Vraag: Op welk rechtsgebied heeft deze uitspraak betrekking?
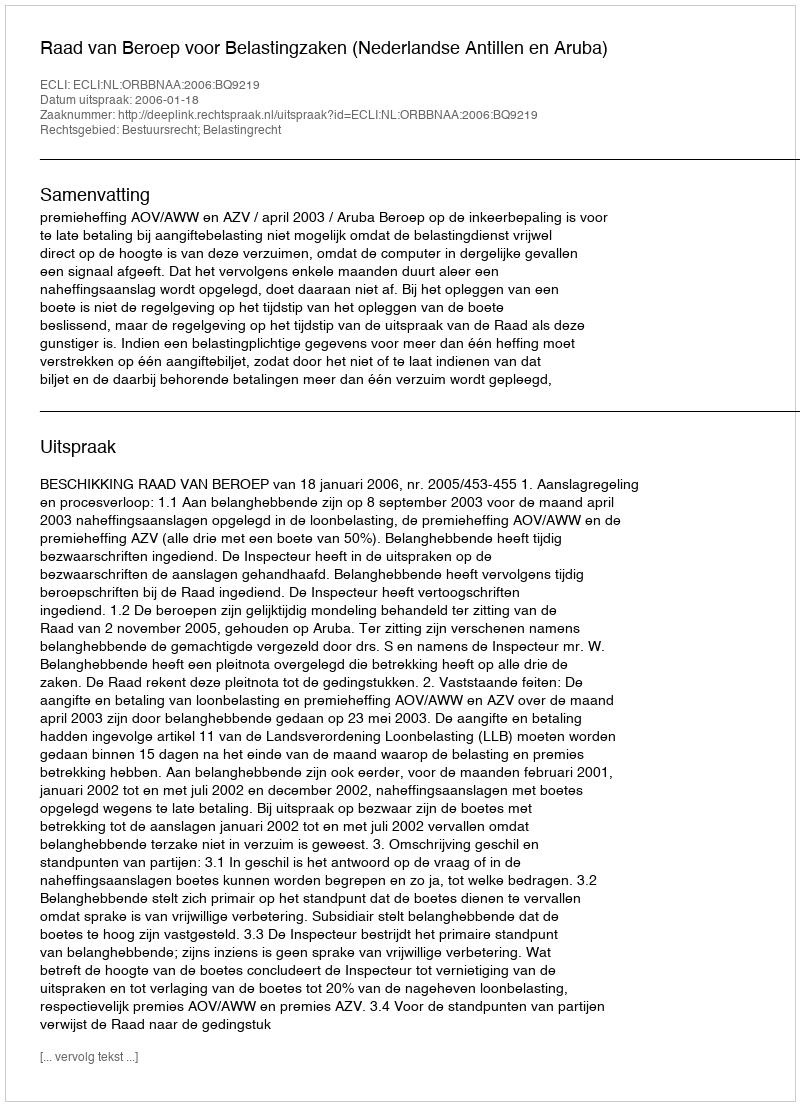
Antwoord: Bestuursrecht; Belastingrecht